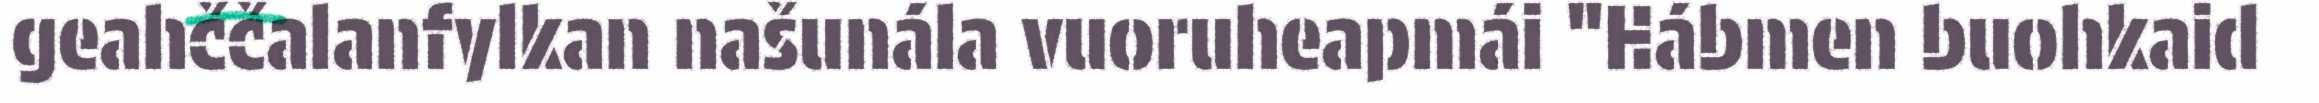
geahččalanfylkan našunála vuoruheapmái "Hábmen buohkaid